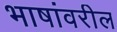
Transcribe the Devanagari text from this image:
भाषांवरील